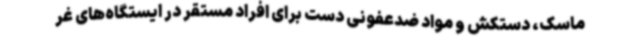
ماسک، دستکش و مواد ضدعفونی دست برای افراد مستقر در ایستگاه‌های غر